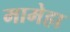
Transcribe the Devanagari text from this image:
मामेहा